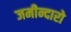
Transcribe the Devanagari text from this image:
जमीन्दारो